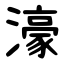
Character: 濠